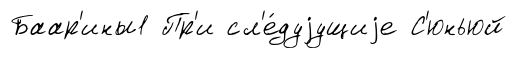
Баар'ины1 Пр'и сл'е́дуjущиjе С'юньюй